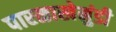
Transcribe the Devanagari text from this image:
पारळाखेमुंडी